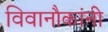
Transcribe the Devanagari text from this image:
विवानौकांनी